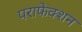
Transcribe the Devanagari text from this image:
पराफेक्शन